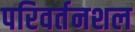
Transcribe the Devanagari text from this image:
परिवर्तनशल